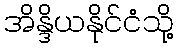
အိန္ဒိယနိုင်ငံသို့